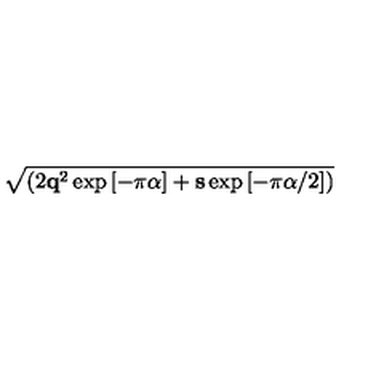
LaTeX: \sqrt { ( { 2 { \bf q } ^ { 2 } \exp { [ - \pi \alpha ] } + { \bf s } \exp { [ - \pi \alpha / 2 ] } } ) }